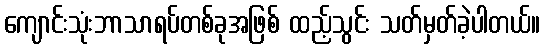
ကျောင်းသုံးဘာသာရပ်တစ်ခုအဖြစ် ထည့်သွင်း သတ်မှတ်ခဲ့ပါတယ်။